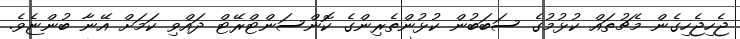
ޖެހިޖެހިގެން މެޗުތައް ކުޅުމުގެ ސަބަބުން ކުޅުންތެރިންގެ ކޮންސަންޓްރޭޓް ދައްވި ކަމަށް އޭނާ ބުންޏެވެ.